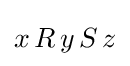
x\,R\,y\,S\,z